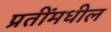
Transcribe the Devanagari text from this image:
प्रतींमधील